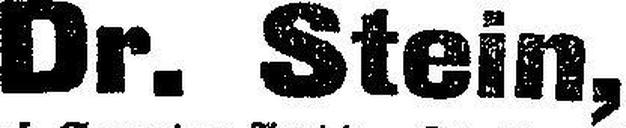
Dr. Stein,